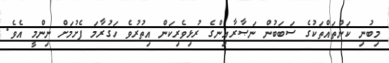
މިބުނި ކަންތައްތަކުގެ ސަބަބުން ނަޞާރާއިންގެ ރުޅިވެރިކަން އިތުރުވެ ހަގުރާމަ ފެށުމަށް ނިންމީ އެވެ.